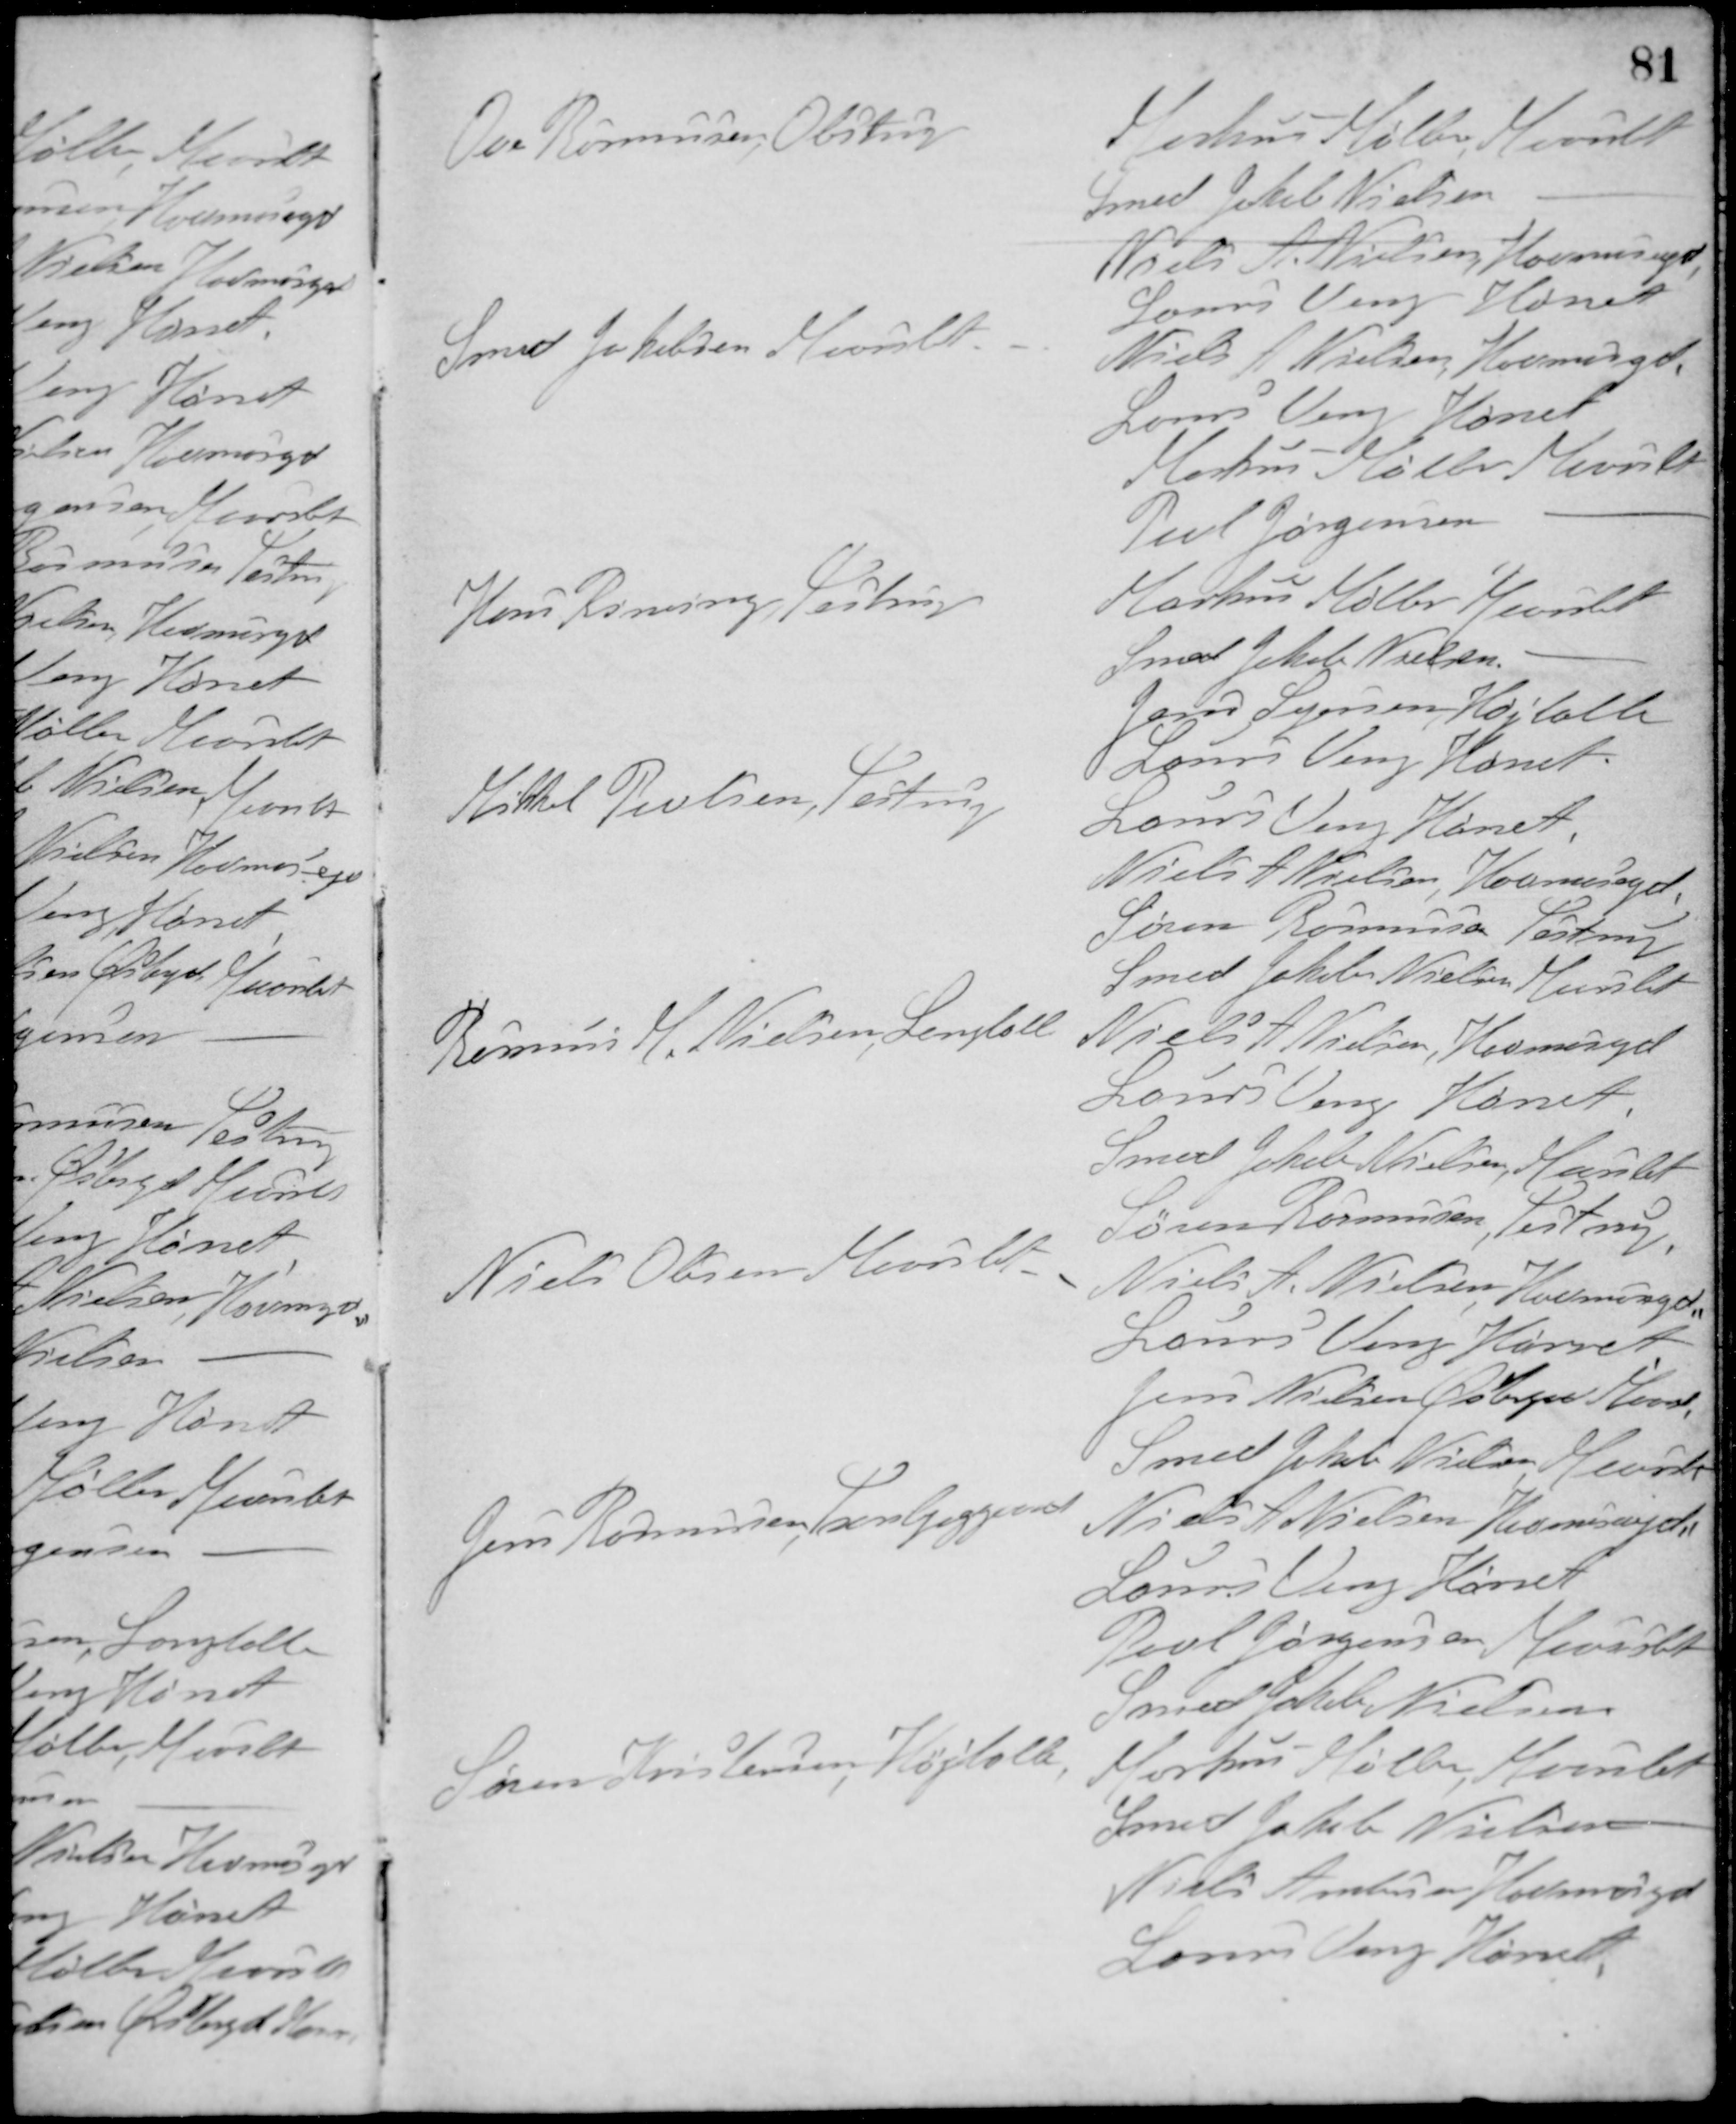
Transskription:
Ove Rasmusen, Obstrup
Markus Møller, Maarslet
Smed Jakob Nielsen -
Niels A. Nielsen, Havmosegd.
Laurs Veng Hørret
Smed Jakobsen Maarslet
Niels A. Nielsen, Havmosegd.
Laurs Veng Hørret
Markus Møller Maarslet
Povl Jørgensen -
Hans Risning, Testrup
Markus Møller Maarslet
Smed Jakob Nielsen -
Jens Sejersen, Højballe
Laurs Veng Hørret
Mikkel Poulsen, Testrup
Laurs Veng Hørret
Niels A. Nielsen, Havmosegd.
Søren Rasmussen Testrup
Smed Jakob Nielsen Maarslet
Rasmus M. Nielsen, Langballe
Niels A. Nielsen, Havmosegd.
Laurs Veng Hørret
Smed Jakob Nielsen, Maarslet
Søren Rasmussen, Testrup
Niels Olesen, Maarslet
Niels A. Nielsen, Havmosegd.
Laurs Veng Hørret
Jens Nielsen Østergrd Maarsl
Smed Jakob Nielsen, Maarslet
Jens Rasmussen, Tranbjerggaard
Niels A. Nielsen Havmosegd.
Laurs Veng Hørret
Povl Jørgensen, Maarslet
Smed Jakob Nielsen, -
Søren Kristensen, Højballe
Markus Møller, Maarslet
Smed Jakob Nielsen -
Niels Andersen, Havmosegd.
Laurs Veng Hørret